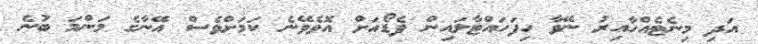
އަދި މިނެޓެއްހާއިރު ނޭވާ ހިފަހައްޓާލައިން ފެޑޯއަށް އޮވެވޭނެ ކަމަށްވެސް އޭނާގެ މަންމަ ބުނެ